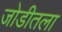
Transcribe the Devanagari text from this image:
जोडीतला